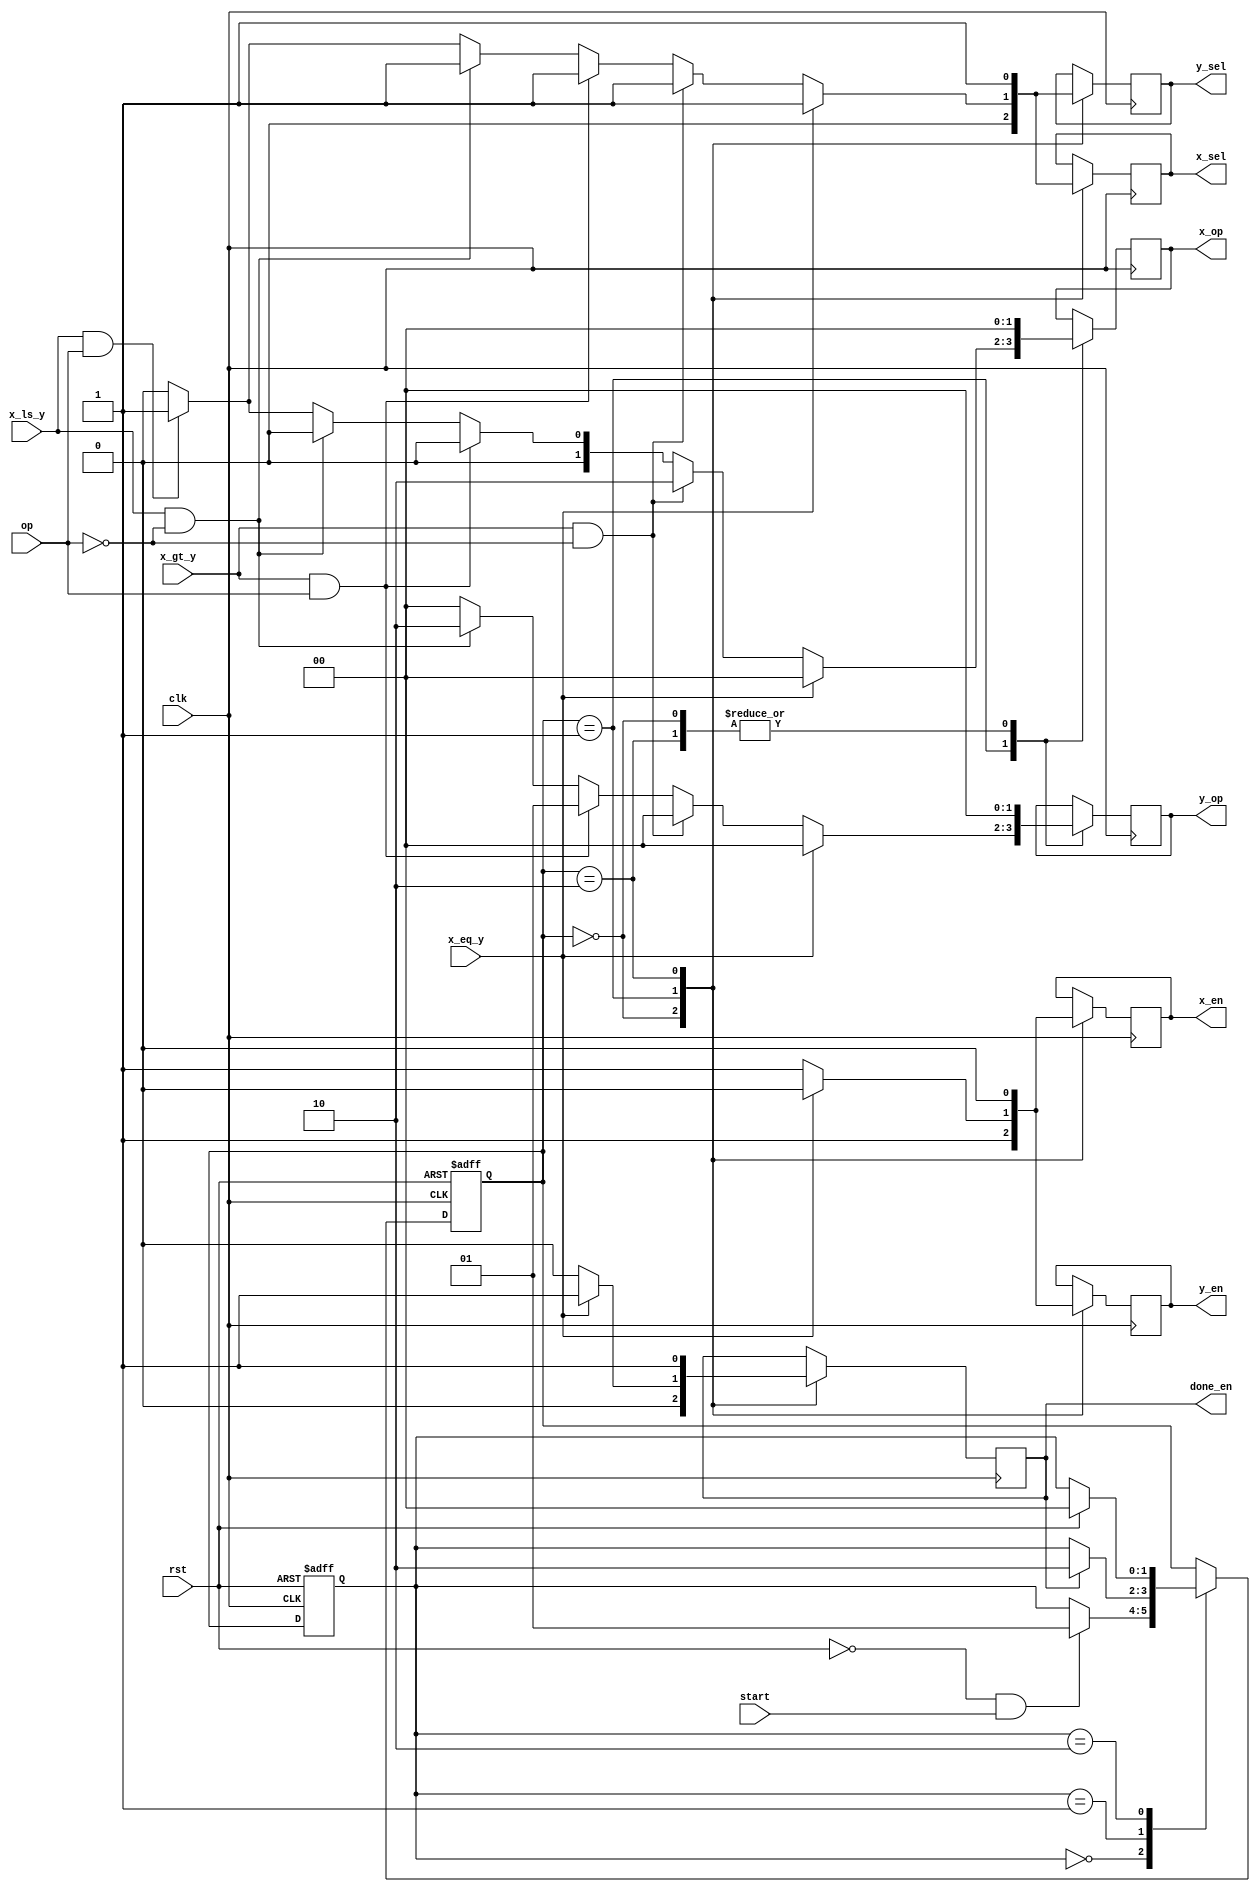
`timescale 1ns / 1ps

module Controller
(
    input  rst,
    input  clk,
    input  op,
    input  start,
    input  x_gt_y,
    input  x_eq_y,
    input  x_ls_y,
    output reg x_sel,
    output reg y_sel,
    output reg x_en,
    output reg y_en,
    output reg [1:0] x_op,
    output reg [1:0] y_op,
    output reg done_en
);
	
	reg [1:0]next_state = 0;
	reg [1:0]current_state = 0;
	
	always@(posedge clk or posedge rst) begin
			
		if (rst) begin
		
			next_state <= 0;
			
			current_state <= 0;
			
		end else begin
		
			case (current_state)
			
				0:
					if (!rst && start)
						next_state <= 1;
					else
						next_state <= current_state;
				
				1:
					if (done_en)
						next_state <= 2;
					else
						next_state <= current_state;
			
				2:
					if (rst)
						next_state <= 0;
					else
						next_state <= current_state;
			
			endcase
			
			current_state <= next_state;
			
		end
		
	end
	
	always@(posedge clk) begin
	
		case (next_state)
		
			0: begin
		
				x_sel <= 0;
				y_sel <= 0;
				x_en <= 1;
				y_en <= 1;
				x_op <= 0;
				y_op <= 0;
				done_en <= 0;
				
			end
			
			1: begin
			
				if (x_eq_y) begin
				
					x_sel <= 1;
					y_sel <= 1;
					x_en <= 0;
					y_en <= 0;
					x_op <= 0;
					y_op <= 0;
					done_en <= 1;
					
				end
				
				else if (x_gt_y && !op) begin
				
					x_sel <= 1;
					y_sel <= 1;
					x_en <= 1;
					y_en <= 1;
					x_op <= 2;
					y_op <= 0;
					done_en <= 0;
					
				end
				
				else if (x_gt_y && op) begin
				
					x_sel <= 1;
					y_sel <= 1;
					x_en <= 1;
					y_en <= 1;
					x_op <= 0;
					y_op <= 1;
					done_en <= 0;
					
				end
				
				else if (x_ls_y && !op) begin
				
					x_sel <= 1;
					y_sel <= 1;
					x_en <= 1;
					y_en <= 1;
					x_op <= 0;
					y_op <= 2;
					done_en <= 0;
					
				end
				
				else if (x_ls_y && op) begin
				
					x_sel <= 1;
					y_sel <= 1;
					x_en <= 1;
					y_en <= 1;
					x_op <= 1;
					y_op <= 0;
					done_en <= 0;
					
				end
				
				else begin
				
					x_sel <= 0;
					y_sel <= 0;
					x_en <= 1;
					y_en <= 1;
					x_op <= 0;
					y_op <= 0;
					done_en <= 0;				
				
				end
				
			end
			
			2: begin
				
				x_sel <= 1;
				y_sel <= 1;
				x_en <= 0;
				y_en <= 0;
				x_op <= 0;
				y_op <= 0;
				done_en <= 1;
				
			end
				
		endcase
		
	end
	
endmodule